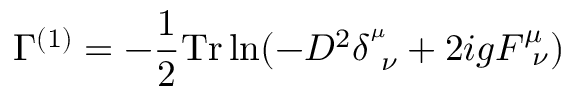
\Gamma ^ { ( 1 ) } = - \frac { 1 } { 2 } \mathrm { T r } \ln ( - D ^ { 2 } \delta _ { ~ \nu } ^ { ^ \mu } + 2 i g F _ { ~ \nu } ^ { \mu } )